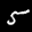
Label: 5